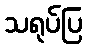
သရုပ်ပြ